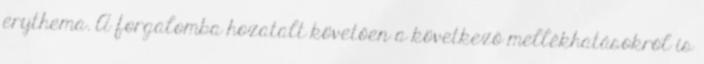
erythema. A forgalomba hozatalt követően a következő mellékhatásokról is